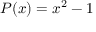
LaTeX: P ( x ) = x ^ { 2 } - 1